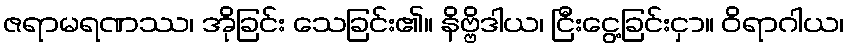
ဇရာမရဏဿ၊ အိုခြင်း သေခြင်း၏။ နိဗ္ဗိဒါယ၊ ငြီးငွေ့ခြင်းငှာ။ ဝိရာဂါယ၊